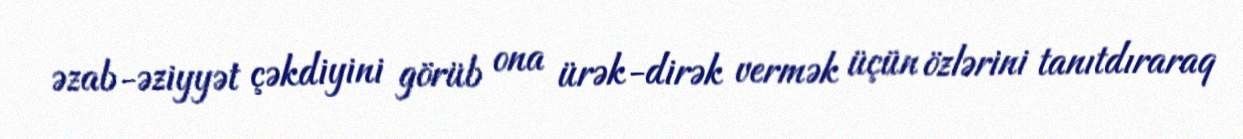
əzab-əziyyət çəkdiyini görüb ona ürək-dirək vermək üçün özlərini tanıtdıraraq